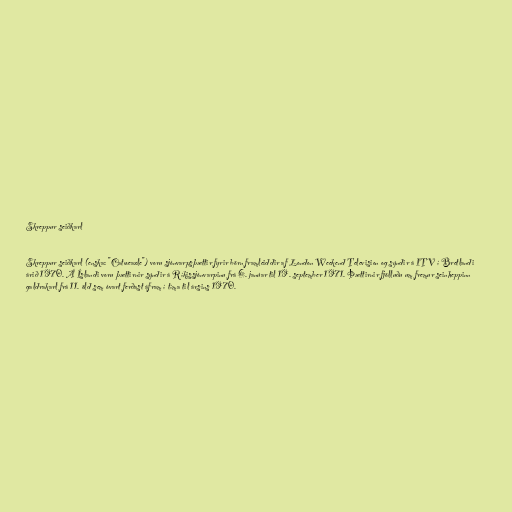
Skreppur seiðkarl

Skreppur seiðkarl (enska: "Catweazle") voru sjónvarpsþættir fyrir börn framleiddir af London Weekend Television og sýndir á ITV í Bretlandi
árið 1970. Á Íslandi voru þættirnir sýndir á Ríkissjónvarpinu frá 6. janúar til 19. september 1971. Þættirnir fjölluðu um fremur seinheppinn
galdrakarl frá 11. öld sem óvart ferðast áfram í tíma til ársins 1970.